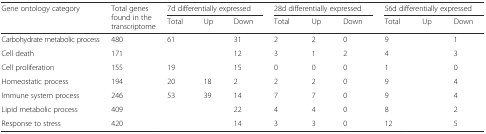
<table><thead><tr><td rowspan="2"><b>Gene ontology category</b></td><td rowspan="2"><b>Total genes found in the transcriptome</b></td><td colspan="3"><b>7d differentially expressed</b></td><td colspan="3"><b>28d differentially expressed</b></td><td colspan="3"><b>56d differentially expressed</b></td></tr><tr><td><b>Total</b></td><td><b>Up</b></td><td><b>Down</b></td><td><b>Total</b></td><td><b>Up</b></td><td><b>Down</b></td><td><b>Total</b></td><td><b>Up</b></td><td><b>Down</b></td></tr></thead><tbody><tr><td>Carbohydrate metabolic process</td><td>480</td><td>61</td><td>[EMPTY_CELL]</td><td>31</td><td>2</td><td>2</td><td>0</td><td>9</td><td>[EMPTY_CELL]</td><td>1</td></tr><tr><td>Cell death</td><td>171</td><td>[EMPTY_CELL]</td><td>[EMPTY_CELL]</td><td>12</td><td>3</td><td>1</td><td>2</td><td>4</td><td>[EMPTY_CELL]</td><td>3</td></tr><tr><td>Cell proliferation</td><td>155</td><td>19</td><td>[EMPTY_CELL]</td><td>15</td><td>0</td><td>0</td><td>0</td><td>1</td><td>[EMPTY_CELL]</td><td>0</td></tr><tr><td>Homeostatic process</td><td>194</td><td>20</td><td>18</td><td>2</td><td>2</td><td>2</td><td>0</td><td>9</td><td>[EMPTY_CELL]</td><td>4</td></tr><tr><td>Immune system process</td><td>246</td><td>53</td><td>39</td><td>14</td><td>7</td><td>7</td><td>0</td><td>9</td><td>[EMPTY_CELL]</td><td>4</td></tr><tr><td>Lipid metabolic process</td><td>409</td><td>[EMPTY_CELL]</td><td>[EMPTY_CELL]</td><td>22</td><td>4</td><td>4</td><td>0</td><td>8</td><td>[EMPTY_CELL]</td><td>2</td></tr><tr><td>Response to stress</td><td>420</td><td>[EMPTY_CELL]</td><td>[EMPTY_CELL]</td><td>14</td><td>3</td><td>3</td><td>0</td><td>12</td><td>[EMPTY_CELL]</td><td>5</td></tr></tbody></table>